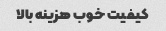
کیفیت خوب هزینه بالا